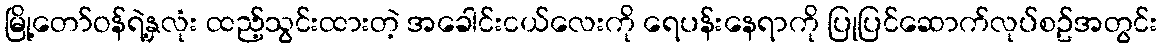
မြို့တော်ဝန်ရဲ့နှလုံး ထည့်သွင်းထားတဲ့ အခေါင်းငယ်လေးကို ရေပန်းနေရာကို ပြုပြင်ဆောက်လုပ်စဥ်အတွင်း